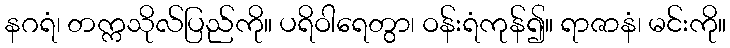
နဂရံ၊ တက္ကသိုလ်ပြည်ကို။ ပရိဝါရေတွာ၊ ဝန်းရံကုန်၍။ ရာဇာနံ၊ မင်းကို။